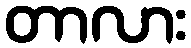
တာလား